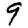
Digit: 9